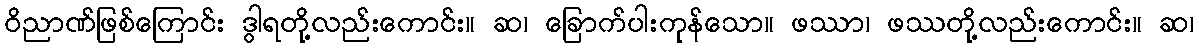
ဝိညာဏ်ဖြစ်ကြောင်း ဒွါရတို့လည်းကောင်း။ ဆ၊ ခြောက်ပါးကုန်သော။ ဖဿာ၊ ဖဿတို့လည်းကောင်း။ ဆ၊